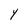
Character: Y